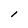
Character: l